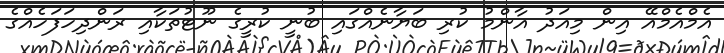
އެމްއެމްއޭ އިން މިއަދު އާންމު ކުރި ބަޔާނެއްގައި ބުނީ ކުރީގެ ނޫޓުތަކާއި ރަންދިހަފަހެއްގެ